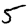
Digit: 5